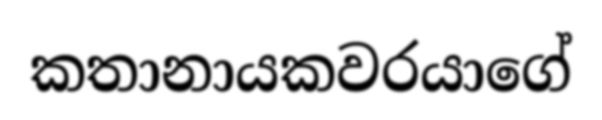
කතානායකවරයාගේ